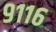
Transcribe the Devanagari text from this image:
९११६